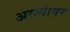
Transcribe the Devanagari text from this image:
अस्त्यांवर